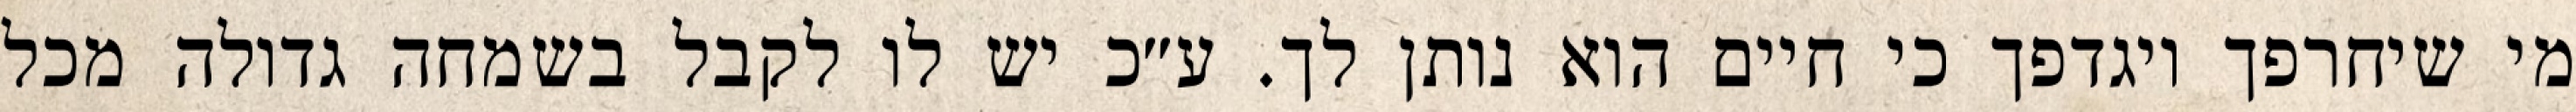
מי שיחרפך ויגדפך כי חיים הוא נותן לך. ע״כ יש לו לקבל בשמחה גדולה מכל